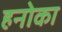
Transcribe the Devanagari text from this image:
हनोका